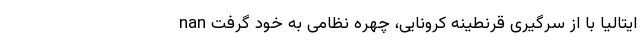
nan ایتالیا با از سرگیری قرنطینه کرونایی، چهره نظامی به خود گرفت